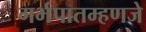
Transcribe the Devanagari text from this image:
गर्भपातम्हणजे